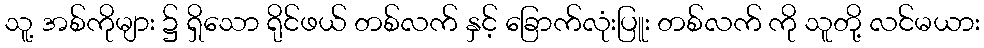
သူ့ အစ်ကိုများ ၌ ရှိသော ရိုင်ဖယ် တစ်လက် နှင့် ခြောက်လုံးပြူး တစ်လက် ကို သူတို့ လင်မယား